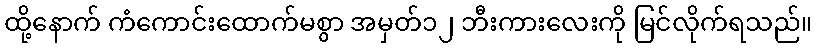
ထို့နောက် ကံကောင်းထောက်မစွာ အမှတ်၁၂ ဘီးကားလေးကို မြင်လိုက်ရသည်။